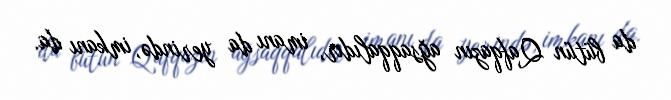
da bütün Qafqazın ağsaqqalıdır, imanı da yerində, imkanı da.